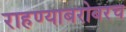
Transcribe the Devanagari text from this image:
राहण्याबरोबरच